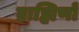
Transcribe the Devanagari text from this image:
ब्राह्मिणों